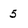
Character: 5